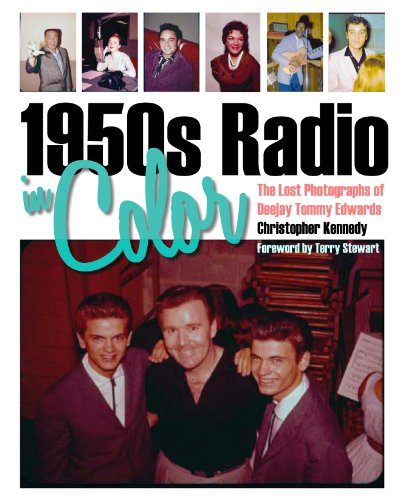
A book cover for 1950s Radio in Color: The Lost Photographs of Deejay Tommy Edwards; Christopher Kennedy; Humor & Entertainment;